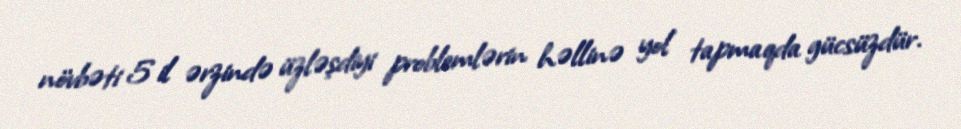
növbəti 5 il ərzində üzləşdiyi problemlərin həllinə yol tapmaqda gücsüzdür.